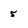
Character: 5